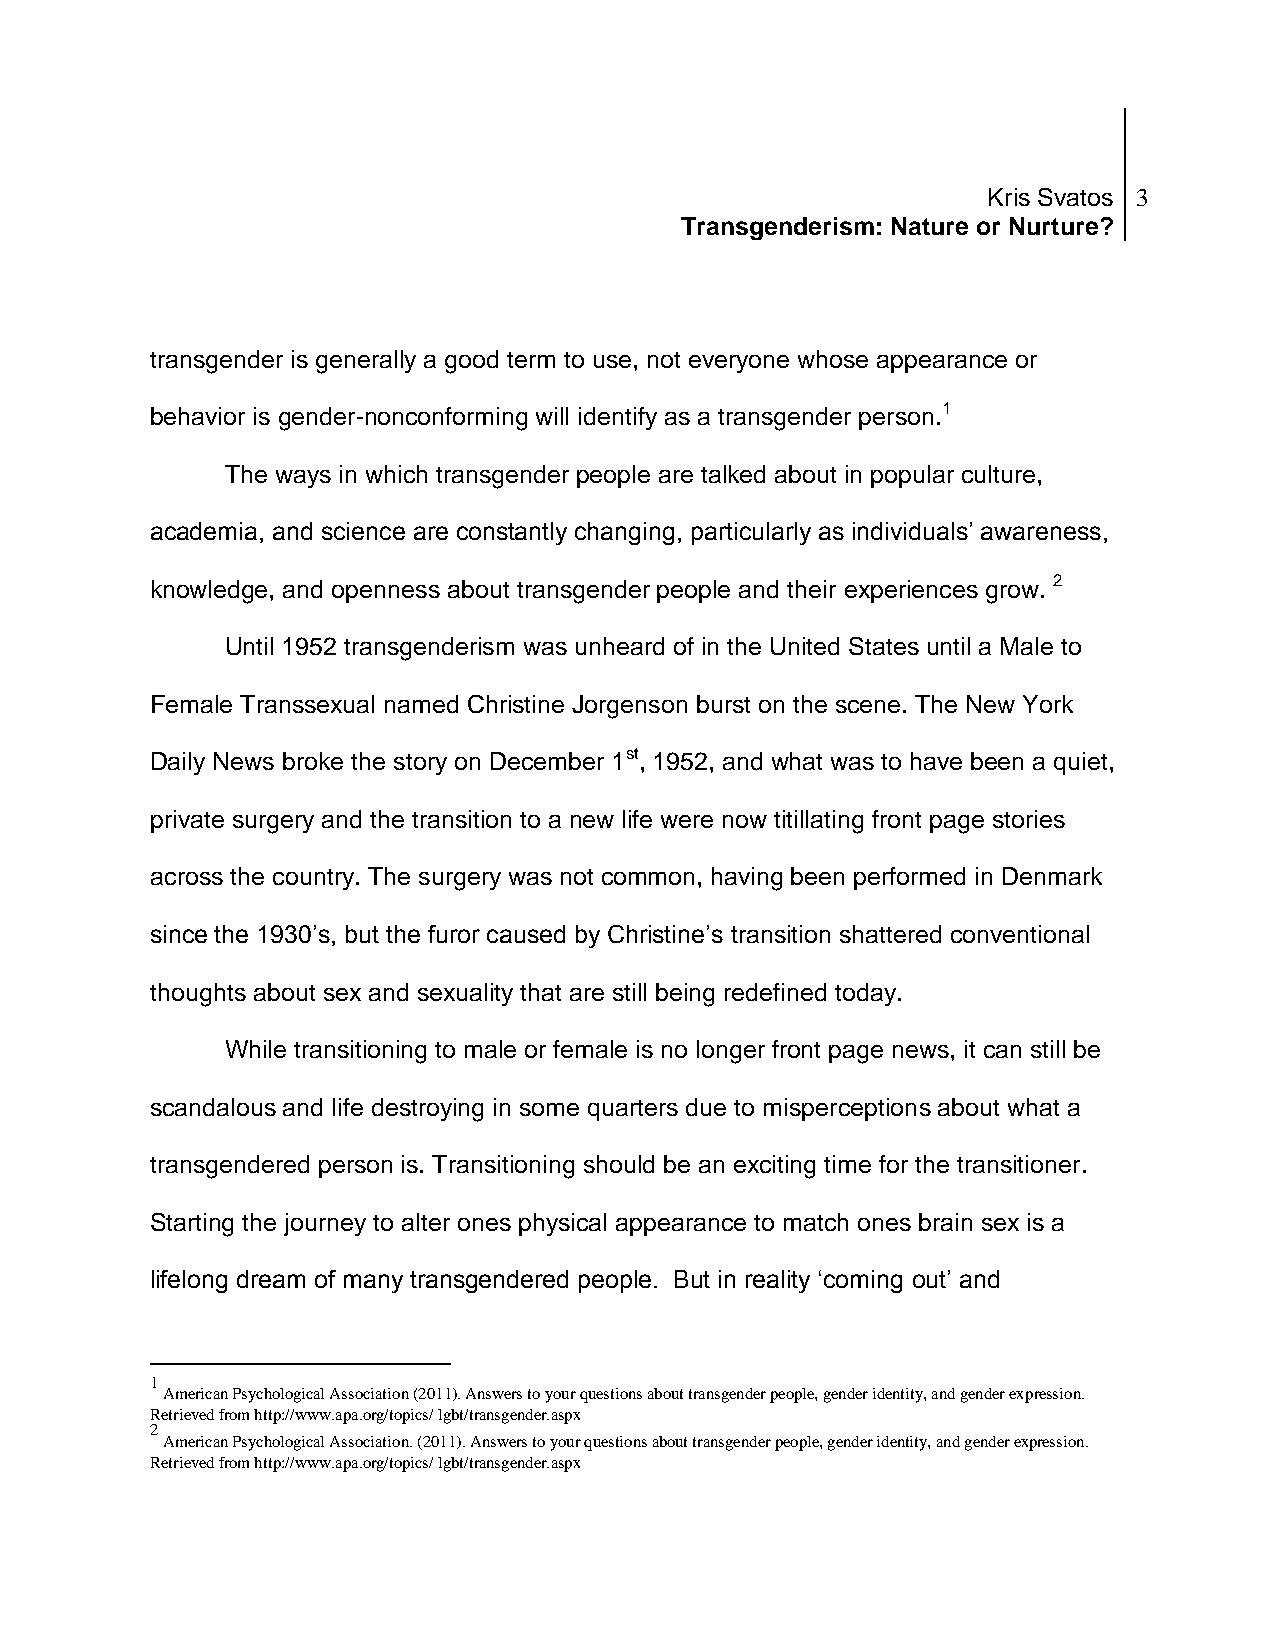
Kris Svatos 3
 Transgenderism: Nature or Nurture?
 transgender is generally a good term to use, not everyone whose appearance or
 behavior is gender-nonconforming will identify as a transgender person.1
 The ways in which transgender people are talked about in popular culture,
 academia, and science are constantly changing, particularly as individuals’ awareness,
 knowledge, and openness about transgender people and their experiences grow. 2
 Until 1952 transgenderism was unheard of in the United States until a Male to
 Female Transsexual named Christine Jorgenson burst on the scene. The New York
 Daily News broke the story on December 1st, 1952, and what was to have been a quiet,
 private surgery and the transition to a new life were now titillating front page stories
 across the country. The surgery was not common, having been performed in Denmark
 since the 1930’s, but the furor caused by Christine’s transition shattered conventional
 thoughts about sex and sexuality that are still being redefined today.
 While transitioning to male or female is no longer front page news, it can still be
 scandalous and life destroying in some quarters due to misperceptions about what a
 transgendered person is. Transitioning should be an exciting time for the transitioner.
 Starting the journey to alter ones physical appearance to match ones brain sex is a
 lifelong dream of many transgendered people. But in reality ‘coming out’ and
 1
 American Psychological Association (2011). Answers to your questions about transgender people, gender identity, and gender expression.
 Retrieved from http://www.apa.org/topics/ lgbt/transgender.aspx
 2
 American Psychological Association. (2011). Answers to your questions about transgender people, gender identity, and gender expression.
 Retrieved from http://www.apa.org/topics/ lgbt/transgender.aspx